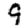
Digit: 9